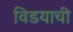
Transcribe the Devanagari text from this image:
विडयाची